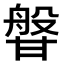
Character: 𭺰